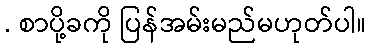
. စာပို့ခကို ပြန်အမ်းမည်မဟုတ်ပါ။